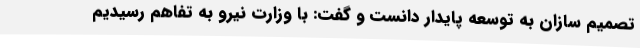
تصمیم سازان به توسعه پایدار دانست و گفت: با وزارت نیرو به تفاهم رسیدیم